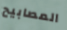
المصابيح